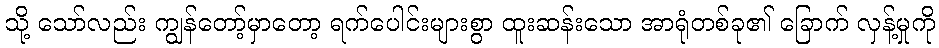
သို့ သော်လည်း ကျွန်တော့်မှာတော့ ရက်ပေါင်းများစွာ ထူးဆန်းသော အာရုံတစ်ခု၏ ခြောက် လှန့်မှုကို